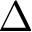
\Delta